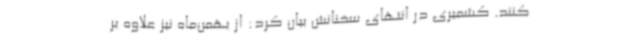
کنند. کشمیری در انتهای سخنانش بیان کرد: از بهمن‌ماه نیز علاوه بر